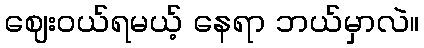
ဈေးဝယ်ရမယ့် နေရာ ဘယ်မှာလဲ။